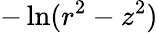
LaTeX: -\ln(r^{2}-z^{2})